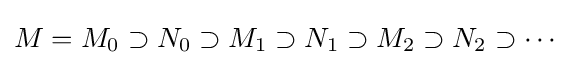
M=M_{0}\supset N_{0}\supset M_{1}\supset N_{1}\supset M_{2}\supset N_{2}\supset \cdots